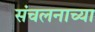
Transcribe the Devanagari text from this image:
संचलनाच्या